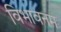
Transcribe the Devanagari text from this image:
विभावनम